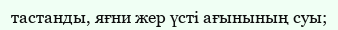
тастанды, яғни жер үсті ағынының суы;